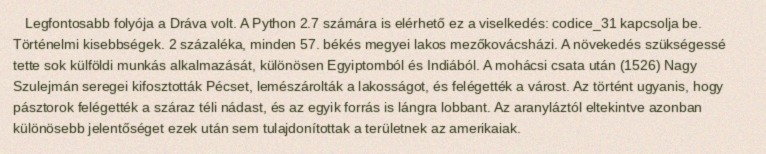
Legfontosabb folyója a Dráva volt. A Python 2.7 számára is elérhető ez a viselkedés: codice_31 kapcsolja be. Történelmi kisebbségek. 2 százaléka, minden 57. békés megyei lakos mezőkovácsházi. A növekedés szükségessé tette sok külföldi munkás alkalmazását, különösen Egyiptomból és Indiából. A mohácsi csata után (1526) Nagy Szulejmán seregei kifosztották Pécset, lemészárolták a lakosságot, és felégették a várost. Az történt ugyanis, hogy pásztorok felégették a száraz téli nádast, és az egyik forrás is lángra lobbant. Az aranyláztól eltekintve azonban különösebb jelentőséget ezek után sem tulajdonítottak a területnek az amerikaiak.